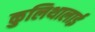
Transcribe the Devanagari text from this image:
कुलिथालाई